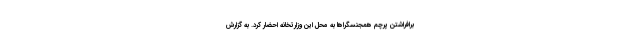
برافراشتن پرچم همجنسگراها به محل این وزارتخانه احضار کرد. به گزارش